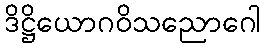
ဒိဋ္ဌိယောဂဝိသညောဂေါ